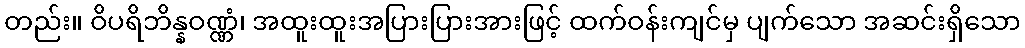
တည်း။ ဝိပရိဘိန္နဝဏ္ဏံ၊ အထူးထူးအပြားပြားအားဖြင့် ထက်ဝန်းကျင်မှ ပျက်သော အဆင်းရှိသော